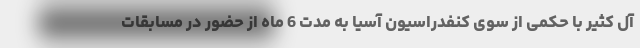
آل کثیر با حکمی از سوی کنفدراسیون آسیا به مدت 6 ماه از حضور در مسابقات